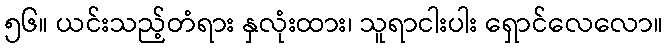
၅၆။ ယင်းသည့်တံရား နှလုံးထား၊ သူရာငါးပါး ရှောင်လေလော။